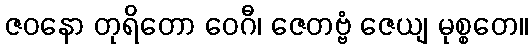
ဇဝနော တုရိတော ဝေဂီ၊ ဇေတဗ္ဗံ ဇေယျ မုစ္စတေ။